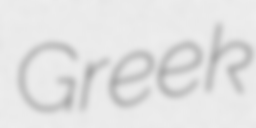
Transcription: Greek